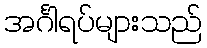
အင်္ဂါရပ်များသည်